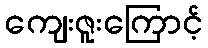
ကျေးဇူးကြောင့်